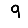
Digit: 9